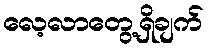
လေ့လာတွေ့ရှိချက်